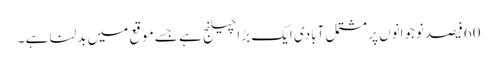
60فیصدنوجوانوں پر مشتمل آبادی ایک بڑا چیلنج ہے جسے موقع میں بدلنا ہے ۔